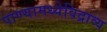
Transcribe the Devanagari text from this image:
पाण्यामध्येविद्राव्य